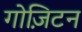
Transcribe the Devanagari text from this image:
गोज़िटन